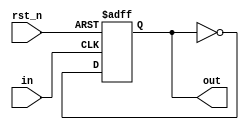
`timescale 1 ns/ 1 ps
module flipflop
(
	input wire rst_n,
    input wire in,
    output reg out
);
    
always @(negedge rst_n, posedge in) begin
	if(!rst_n) out <= 0;
	else 	   out <= ~out;
end
endmodule